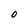
Character: 0